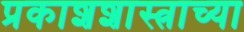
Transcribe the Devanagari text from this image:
प्रकाशशास्त्राच्या